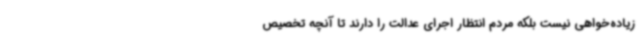
زیاده‌خواهی نیست بلکه مردم انتظار اجرای عدالت را دارند تا آنچه تخصیص